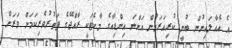
އެ އެއާލައިނުން ބުނީ ކުރިއަރަމުން އަންނަ އިންޑިއާގެ މާކެޓަކީ ރާއްޖޭގެ ފަތުރުވެރިކަމަށް ވަރަށް